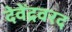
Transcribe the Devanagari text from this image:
देवेंद्रवरद